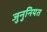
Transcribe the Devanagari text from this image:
जुनुनियत